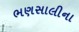
ભણસાલીના